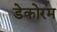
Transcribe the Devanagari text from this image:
डेकोरम